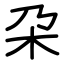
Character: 朶